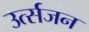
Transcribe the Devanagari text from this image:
उर्त्सजन